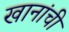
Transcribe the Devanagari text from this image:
खानांची